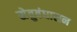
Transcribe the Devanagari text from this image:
सेतुबंधासन